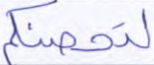
لتحصنكم